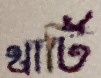
থার্টি